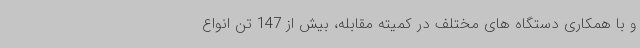
و با همکاری دستگاه های مختلف در کمیته مقابله، بیش از 147 تن انواع